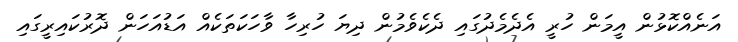
އަނެއްކޮޅުން އީމަން ހުރީ އެދެމެދުގައި ދެކެވެމުން ދިޔަ ހުރިހާ ވާހަކަތަކެއް އަޑުއަހަން ދޮރުކައިރީގައި